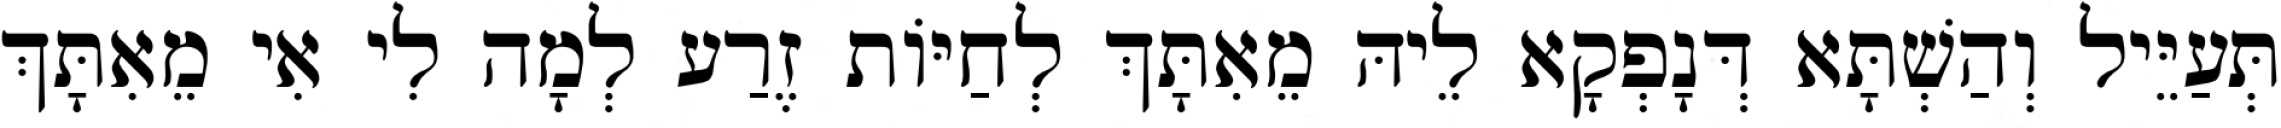
תְּעַיֵּיל וְהַשְׁתָּא דְּנָפְקָא לֵיהּ מֵאִתָּךְ לְחַיּוֹת זֶרַע לְמָה לִי אִי מֵאִתָּךְ